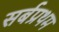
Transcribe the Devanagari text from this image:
सर्बप्रथम